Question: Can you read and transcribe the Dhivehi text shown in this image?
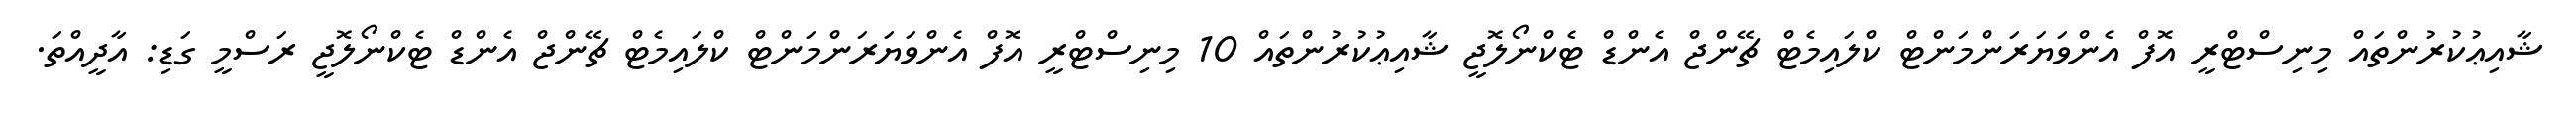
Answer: ޝާއިޢުކުރުންތައް މިނިސްޓްރީ އޮފް އެންވަޔަރަންމަންޓް ކްލައިމެޓް ޗޭންޖް އެންޑް ޓެކްނޯލޮޖީ ޝާއިޢުކުރުންތައް 10 މިނިސްޓްރީ އޮފް އެންވަޔަރަންމަންޓް ކްލައިމެޓް ޗޭންޖް އެންޑް ޓެކްނޯލޮޖީ ރަސްމީ ގަޑި: އާދީއްތަ.